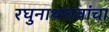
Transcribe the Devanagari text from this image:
रघुनाथरावांचा